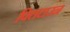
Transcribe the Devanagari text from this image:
पिलटाउन